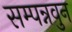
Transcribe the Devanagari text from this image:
सम्पन्नवुन